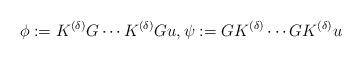
LaTeX: \begin{align*}\phi:= K^{(\delta)}G \cdots K^{(\delta)}G u,\psi:=G K^{(\delta)}\cdots G K^{(\delta)} u {} \end{align*}